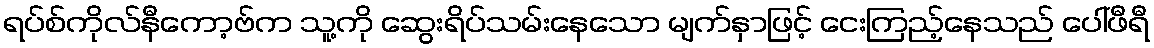
ရပ်စ်ကိုလ်နီကော့ဗ်က သူ့ကို ဆွေးရိပ်သမ်းနေသော မျက်နှာဖြင့် ငေးကြည့်နေသည် ပေါ်ဖီရီ